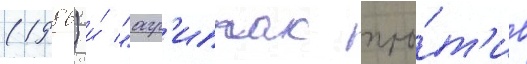
(1986) и́ "агр'иппас про́т'ив